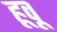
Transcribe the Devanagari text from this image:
हूवू